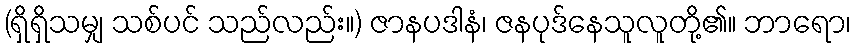
(ရှိရှိသမျှ သစ်ပင် သည်လည်း။) ဇာနပဒါနံ၊ ဇနပုဒ်နေသူလူတို့၏။ ဘာရော၊